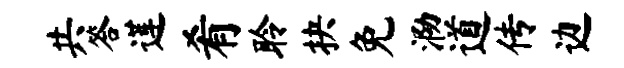
共答莲肴聆抉免泐道传边